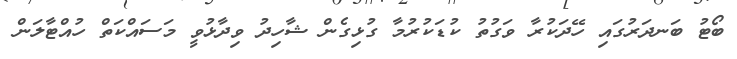
ބޯޓު ބަނދަރުގައި ހޭދަކުރާ ވަގުތު ކުޑަކުރުމާ ގުޅިގެން ޝާހިދު ވިދާޅުވީ މަސައްކަތް ހުއްޓާލަން